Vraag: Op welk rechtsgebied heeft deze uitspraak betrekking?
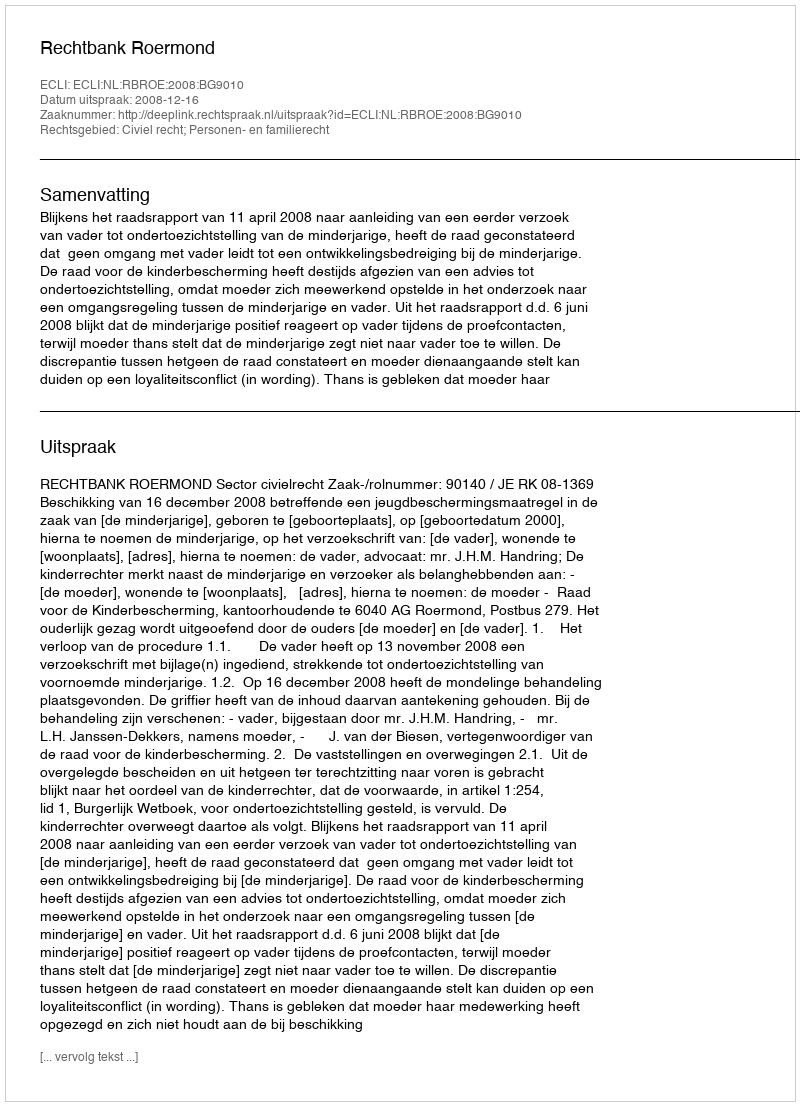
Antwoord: Civiel recht; Personen- en familierecht